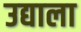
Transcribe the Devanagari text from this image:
उद्याला